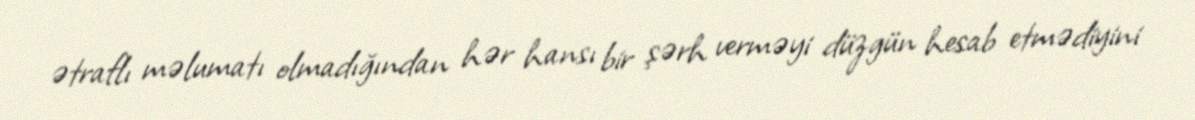
ətraflı məlumatı olmadığından hər hansı bir şərh verməyi düzgün hesab etmədiyini